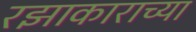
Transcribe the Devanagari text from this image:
रझाकाराच्या